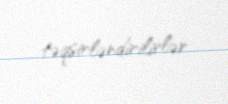
təqsirləndirilirlər.